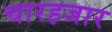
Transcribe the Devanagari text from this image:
चारहजार